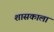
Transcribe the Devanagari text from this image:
शासकाला